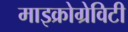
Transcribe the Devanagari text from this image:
माइक्रोग्रेविटी